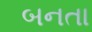
બનતા